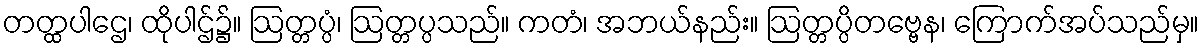
တတ္ထပါဌေ၊ ထိုပါဌ်၌။ ဩတ္တပ္ပံ၊ ဩတ္တပ္ပသည်။ ကတံ၊ အဘယ်နည်း။ ဩတ္တပ္ပိတဗ္ဗေန၊ ကြောက်အပ်သည်မှ။